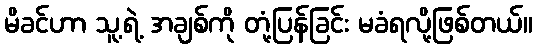
မိခင်ဟာ သူ့ရဲ့ အချစ်ကို တုံ့ပြန်ခြင်း မခံရလို့ဖြစ်တယ်။